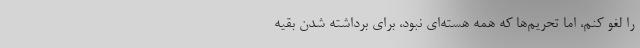
را لغو کنم، اما تحریم‌ها که همه هسته‌ای نبود، برای برداشته شدن بقیه